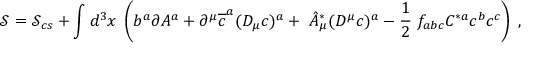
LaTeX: \mathcal { S } = \mathcal { S } _ { c s } + \int d ^ { 3 } x \; \left( b ^ { a } \partial A ^ { a } + \partial ^ { \mu } \overline { { { c } } } ^ { a } ( D _ { \mu } c ) ^ { a } + \; \hat { A } _ { \mu } ^ { * } ( D ^ { \mu } c ) ^ { a } - \frac 1 2 \; f _ { a b c } C ^ { * a } c ^ { b } c ^ { c } \right) \; ,